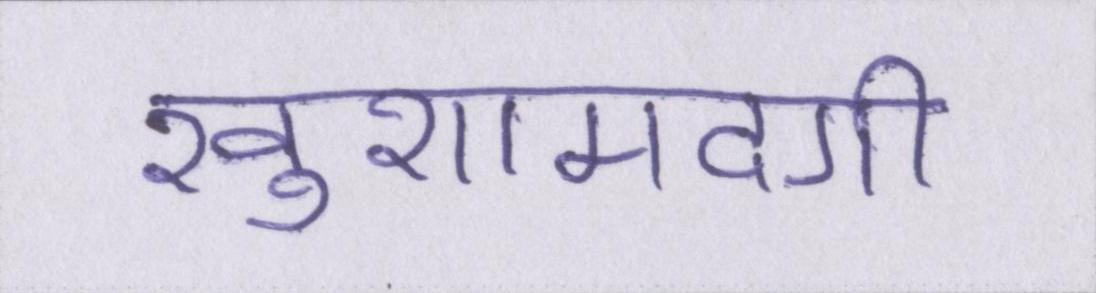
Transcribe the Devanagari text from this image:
खुशामदगी